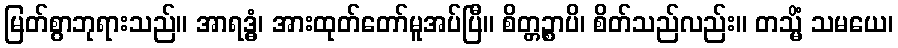
မြတ်စွာဘုရားသည်။ အာရဒ္ဓံ၊ အားထုတ်တော်မူအပ်ပြီ။ စိတ္တဉ္စာပိ၊ စိတ်သည်လည်း။ တသ္မိံ သမယေ၊